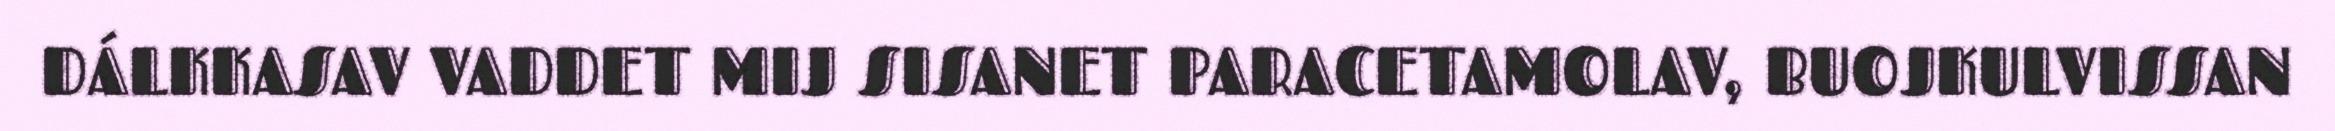
DÁLKKASAV VADDET MIJ SISANET PARACETAMOLAV, BUOJKULVISSAN